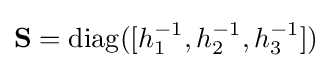
\mathbf {S} =\mathrm {diag} ([h_{1}^{-1},h_{2}^{-1},h_{3}^{-1}])